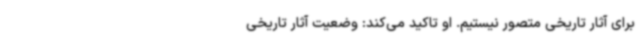
برای آثار تاریخی متصور نیستیم. او تاکید می‌کند: وضعیت آثار تاریخی